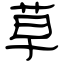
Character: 草